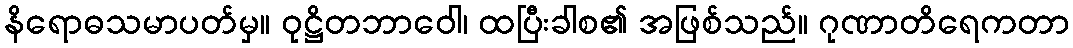
နိရောဓသမာပတ်မှ။ ဝုဋ္ဌိတဘာဝေါ၊ ထပြီးခါစ၏ အဖြစ်သည်။ ဂုဏာတိရေကတာ